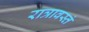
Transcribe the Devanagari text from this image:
रात्रावस्तं